Civil Veterinary Department. Madras. Admin. report 1926-33 - 1926-1933
Year: 1926
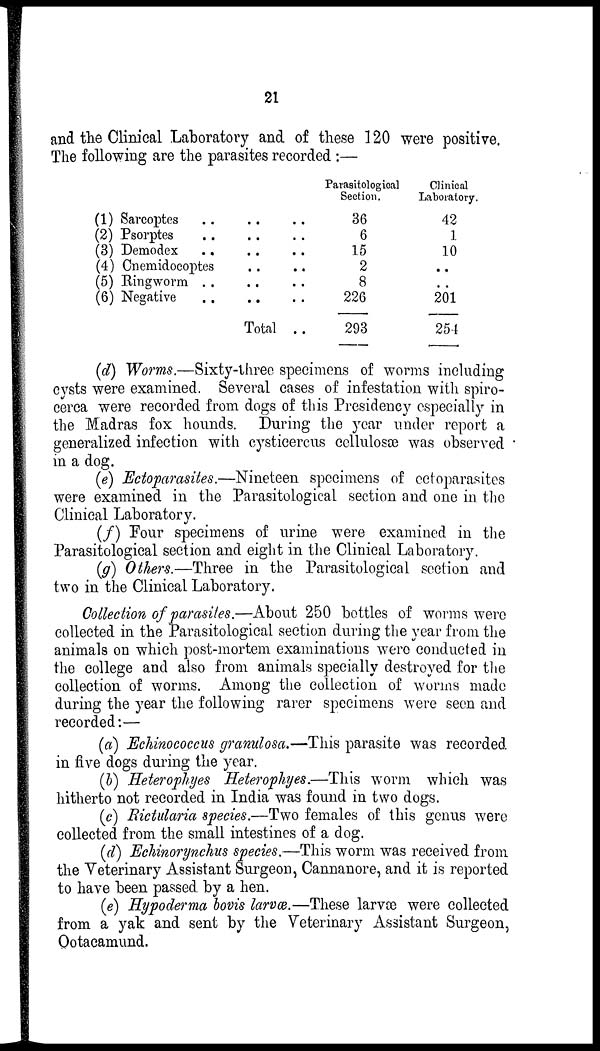
21
and the Clinical Laboratory and of these 120 were positive.
The following are the parasites recorded :—
(1) Sarcoptes ..
(2) Psorptes ..
(3) Demodex ..
(4) Cnemidocoptes
(5) Ringworm ..
(6) Negative ..
.. ..
.. ..
.. ..
.. ..
.. ..
.. ..
Total ..
Parasitologioal
Section.
36
6
15
2
8
226
293
Clinical
Laboratory.
42
1
10
..
..
201
254
(d) Worms.—Sixty-three specimens of worms including
cysts were examined. Several cases of infestation with spiro-
cerca were recorded from dogs of this Presidency especially in
the Madras fox hounds. During the year under report a
generalized infection with cysticercus cellulosæ was observed
in a dog.
(e) Ectoparasites.—Nineteen specimens of ectoparasites
were examined in the Parasitological section and one in the
Clinical Laboratory.
(f) Four specimens of urine were examined in the
Parasitological section and eight in the Clinical Laboratory.
(g) Others.—Three in the Parasitological section and
two in the Clinical Laboratory.
Collection of parasites.—About 250 bottles of worms were
collected in the Parasitological section during the year from the
animals on which post-mortem examinations were conducted in
the college and also from animals specially destroyed for the
collection of worms. Among the collection of worms made
during the year the following rarer specimens were seen and
recorded:—
(a) Echinococcus granulosa.—This parasite was recorded
in five dogs during the year.
(5) Heterophyes Heterophyes.—This worm which was
hitherto not recorded in India was found in two dogs.
(c) Rictularia species.—Two females of this genus were
collected from the small intestines of a dog.
(d) Echinorynchus species.—This worm was received from
the Veterinary Assistant Surgeon, Cannanore, and it is reported
to have been passed by a hen.
(e) Hypoderma bovis larvæ.—These larvæ were collected
from a yak and sent by the Veterinary Assistant Surgeon,
Ootacamund.